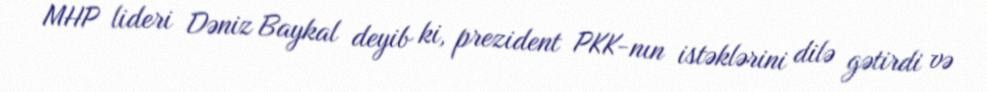
MHP lideri Dəniz Baykal deyib ki, prezident PKK-nın istəklərini dilə gətirdi və